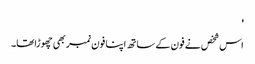
'
اس شخص نے فون کے ساتھ اپنا فون نمبر بھی چھوڑاتھا۔